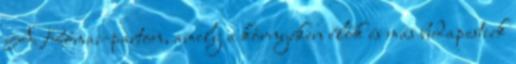
A Római-parton, amely a környéken élők és más budapestiek